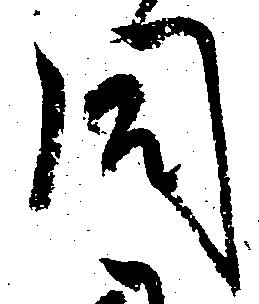
同